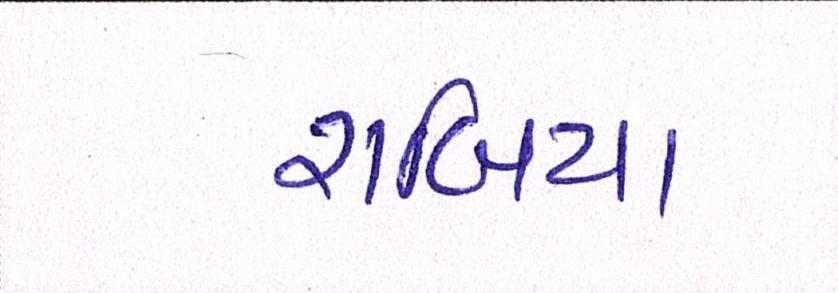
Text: રાબિયા